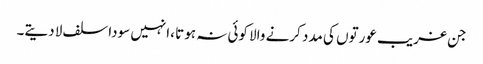
جن غریب عورتوں کی مدد کرنے والا کوئی نہ ہوتا ،انہیں سودا سلف لا دیتے۔